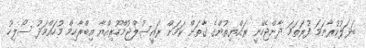
ބަދަލުކުރާނަމަ ފުރަތަމަ ދާންޖެހޭނީ ރައްޔިތުންގެ ގާތަށް ކަމަށް ރައީސުލްޖުމްހޫރިއްޔާ އިބްރާހިމް މުހައްމަދު ސޯލިހު